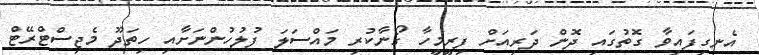
އެނގިފައިވާ ގޮތުގައި ދޮން ދަރިއަށް ފިރީމީހާ ގޯނާކުރި މައްސަލަ ފުލުހުންނަށާއި ހިތަދޫ މެޖިސްޓްރޭޓް